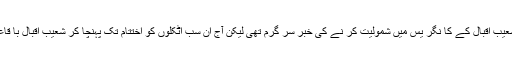
قابل ذکر ہے کہ گد شتہ کئی سالوں سے شعیب اقبال کے کا نگر یس میں شمولیت کر نے کی خبر سر گرم تھی لیکن آج ان سب اٹکلوں کو اختتام تک پہنچا کر شعیب اقبال با قاعدہ طور پر کا نگریس میں شا مل ہو گئے۔